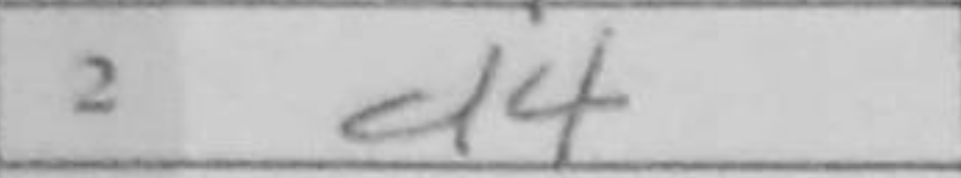
Transcription: d4